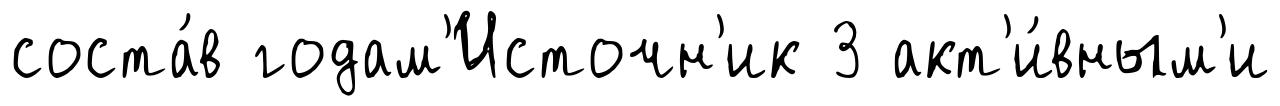
соста́в годам'Источн'ик 3 акт'и́вным'и